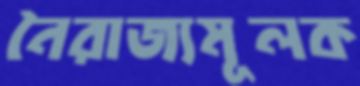
নৈরাজ্যমূলক